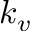
k _ { v }